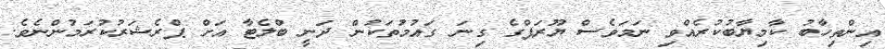
އިންތިހާބު ކާމިޔާބުކުރެއްވި ނަމަވެސް ޔޫރަޕްގެ ގިނަ ގައުމުތަކުން ދަނީ ބްލެޓާ އަށް ޕްރެޝަރުކުރަމުންނެވެ.